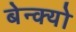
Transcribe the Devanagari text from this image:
बेन्क्यो